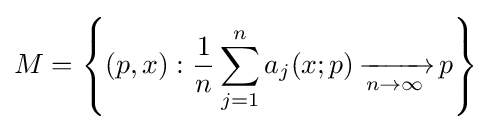
M=\left\{(p,x):{\frac {1}{n}}\sum _{j=1}^{n}a_{j}(x;p)\,{\xrightarrow[{n\to \infty }]{}}\,p\right\}